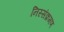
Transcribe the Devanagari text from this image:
निस्संक्रमण